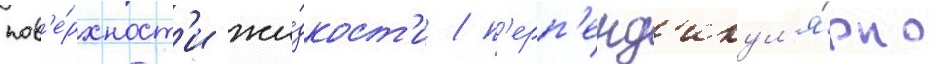
пов'е́рхност'и жи́дкост'и / п'ерп'енд'икул'я́рно